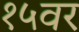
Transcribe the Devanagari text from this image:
१५वर